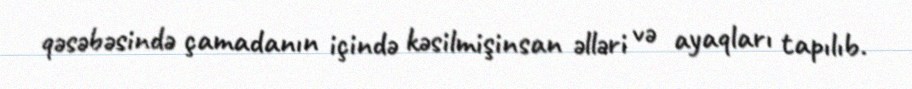
qəsəbəsində çamadanın içində kəsilmişinsan əlləri və ayaqları tapılıb.